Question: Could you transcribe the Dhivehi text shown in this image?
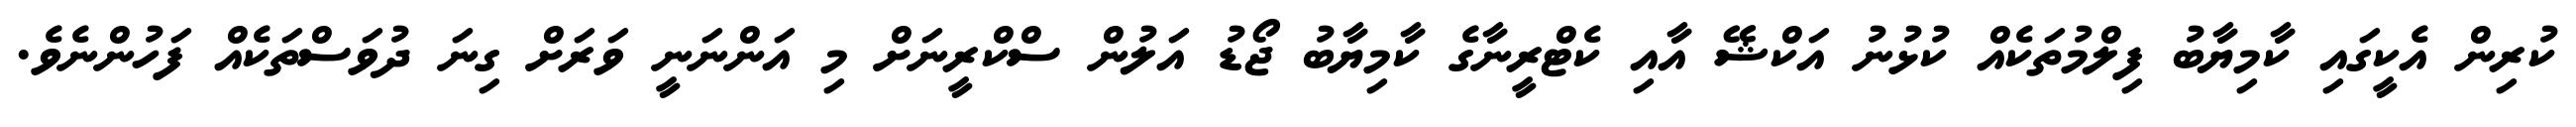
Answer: ކުރިން އެކީގައި ކާމިޔާބު ފިލްމުތަކެއް ކުޅުނު އަކްޝޭ އާއި ކެޓްރީނާގެ ކާމިޔާބު ޖޯޑު އަލުން ސްކްރީނަށް މި އަންނަނީ ވަރަށް ގިނަ ދުވަސްތަކެއް ފަހުންނެވެ.